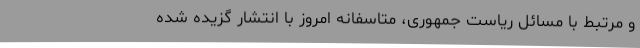
و مرتبط با مسائل ریاست جمهوری، متاسفانه امروز با انتشار گزيده شده